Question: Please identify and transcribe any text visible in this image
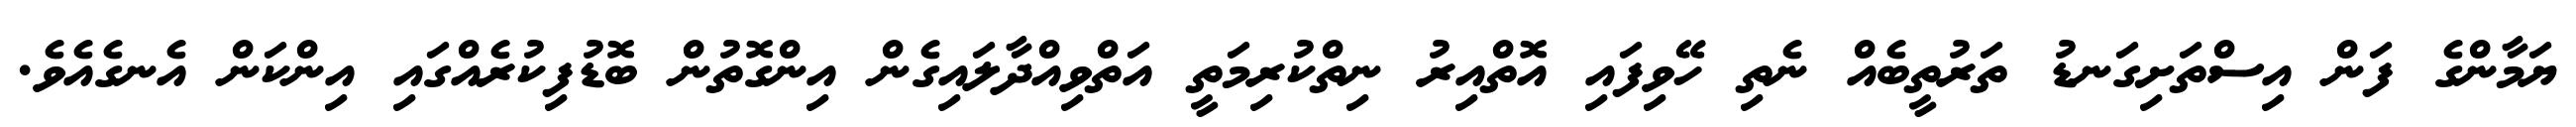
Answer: ޔަމާންގެ ފަން އިސްތަށިގަނޑު ތަރުތީބެއް ނެތި ހޭވިފައި އޮތްއިރު ނިތްކުރިމަތީ އަތްވިއްދާލައިގެން އިންގޮތުން ބޮޑުފިކުރެއްގައި އިންކަން އެނގެއެވެ.